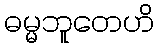
ဓမ္မဘူတေဟိ